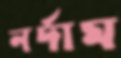
নর্দাম